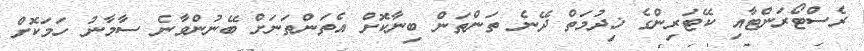
ރެސްޓޯރަންޓާއި ކޭޓަރިންގެ ޚިދުމަތް ދޭނެ ތަންތަން ބިނާކޮށް އެތަންތަނަށް ބޭނުންވާނެ ސާމާނު ހަމަކޮށް